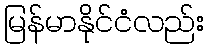
မြန်မာနိုင်ငံလည်း